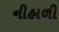
નીહાળી